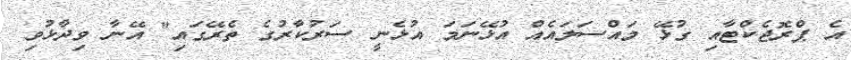
އެ ޕްރޮޖެކްޓާއި ގުޅޭ މައްސަލައެއް އުޅޭނަމަ އުޅެނީ ސަރުކާރުގެ ތެރޭގައި" އޭނާ ވިދާޅުވި